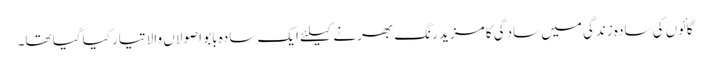
گائوں کی سادہ زندگی میں سادگی کا مزید رنگ بھرنے کیلئے ایک سادہ بابو اصولاں والا تیار کیا گیا تھا۔